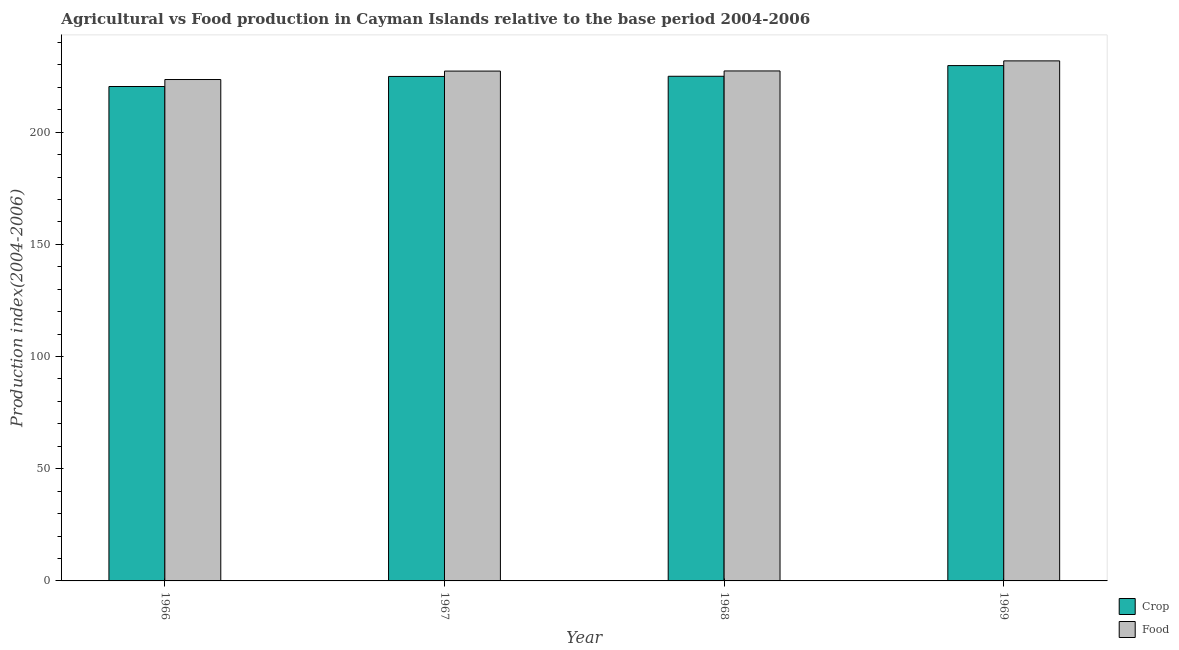
| Year | Crop | Food |
 | --- | --- | --- |
 | 1966 | 220 | 223 |
 | 1967 | 225 | 227 |
 | 1968 | 225 | 227 |
 | 1969 | 230 | 232 |